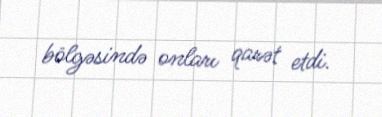
bölgəsində onları qarət etdi.